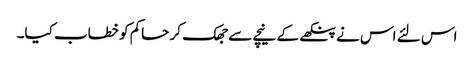
اس لئے اس نے پنکھے کے نیچے سے جھک کر حاکم کو خطاب کیا۔